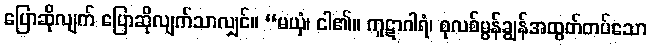
ပြောဆိုလျက် ပြောဆိုလျက်သာလျှင်။ “မယှံ၊ ငါ၏။ ကူဋာဂါရံ၊ စုလစ်မွန်ချွန်အထွတ်တပ်သော